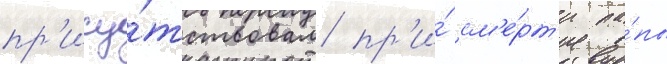
пр'ису́тствовал пр'и́ см'е́рт'и па́пы